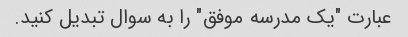
عبارت "یک مدرسه موفق" را به سوال تبدیل کنید.